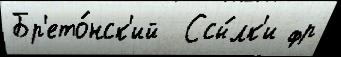
Бр'ето́нск'ий  Ссы́лк'и фр